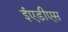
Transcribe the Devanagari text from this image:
ईएडीएस